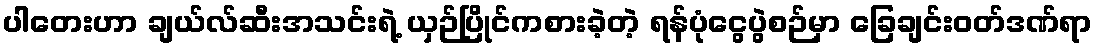
ပါတေးဟာ ချယ်လ်ဆီးအသင်းရဲ့ ယှဉ်ပြိုင်ကစားခဲ့တဲ့ ရန်ပုံငွေပွဲစဉ်မှာ ခြေချင်းဝတ်ဒဏ်ရာ